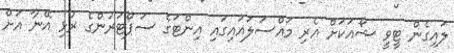
ލައިގެން ޓީވީ ޝޯއަކަށް އެރި މައްސަލައައިގައި އިންޓަގެ ސަޕޯޓަރުންގެ ރުޅި އޭނާ އަށް